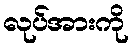
လုပ်အားကို